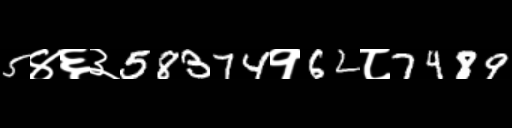
Text: 5४६३58374१62८7489